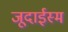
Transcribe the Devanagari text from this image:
जूदाईस्म